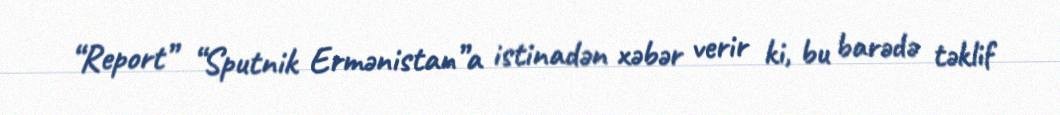
“Report” “Sputnik Ermənistan”a istinadən xəbər verir ki, bu barədə təklif